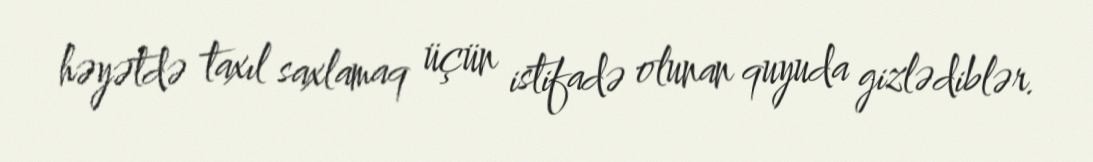
həyətdə taxıl saxlamaq üçün istifadə olunan quyuda gizlədiblər.